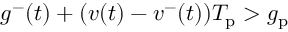
g ^ { - } ( t ) + ( v ( t ) - v ^ { - } ( t ) ) T _ { \mathrm { p } } > g _ { \mathrm { p } }